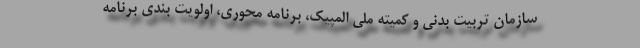
سازمان تربیت بدنی و کمیته ملی المپیک، برنامه محوری، اولویت بندی برنامه